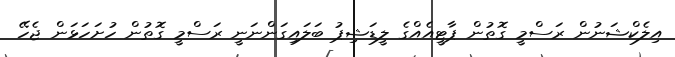
އިލެކްޝަނުން ރަސްމީ ގޮތުން ޕާޓީއެއްގެ ލީޑަޝިޕު ބަލައިގަންނަނީ ރަސްމީ ގޮތުން ހުށަހަޅަން ޖެހޭ